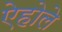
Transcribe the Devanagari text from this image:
ऐहोले